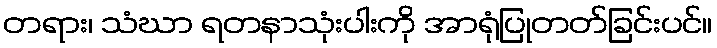
တရား၊ သံဃာ ရတနာသုံးပါးကို အာရုံပြုတတ်ခြင်းပင်။